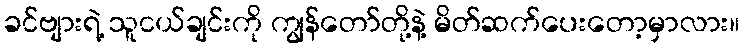
ခင်ဗျားရဲ့ သူငယ်ချင်းကို ကျွန်တော်တို့နဲ့ မိတ်ဆက်ပေးတော့မှာလား။